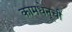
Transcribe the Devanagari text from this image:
कामधेनूची